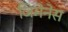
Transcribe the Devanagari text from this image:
जिमेनेस